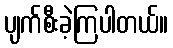
ပျက်စီးခဲ့ကြပါတယ်။